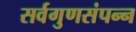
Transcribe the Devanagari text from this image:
सर्वगुणसंपन्‍न